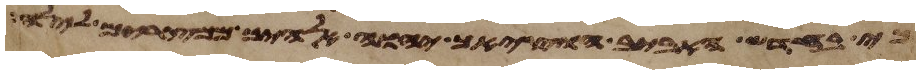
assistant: כי בחדש האביב הוציאך יהוה אלהיך ממצרים לילה